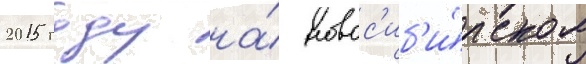
2015 году на́ новос'иб'и́рском